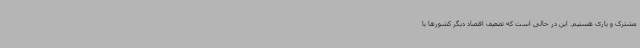
مشترک و یاری هستیم. این در حالی است که تضعیف اقتصاد دیگر کشورها یا